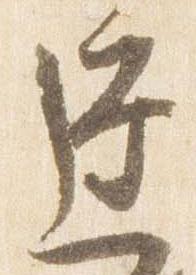
達